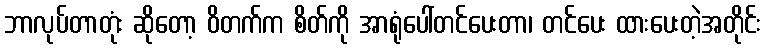
ဘာလုပ်တာတုံး ဆိုတော့ ဝိတက်က စိတ်ကို အာရုံပေါ်တင်ပေးတာ၊ တင်ပေး ထားပေးတဲ့အတိုင်း